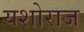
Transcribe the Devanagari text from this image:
यशोराज